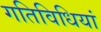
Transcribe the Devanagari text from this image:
गतिविधियां